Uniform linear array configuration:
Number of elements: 48
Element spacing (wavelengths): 0.25
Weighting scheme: uniform
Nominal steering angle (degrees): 15
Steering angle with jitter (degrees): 13.807
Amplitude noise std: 0.05
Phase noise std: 0.05

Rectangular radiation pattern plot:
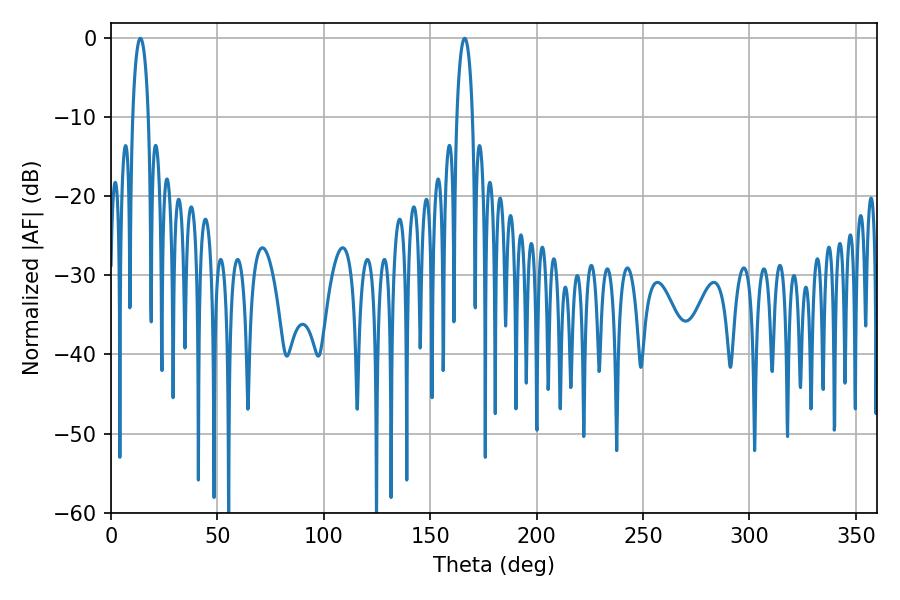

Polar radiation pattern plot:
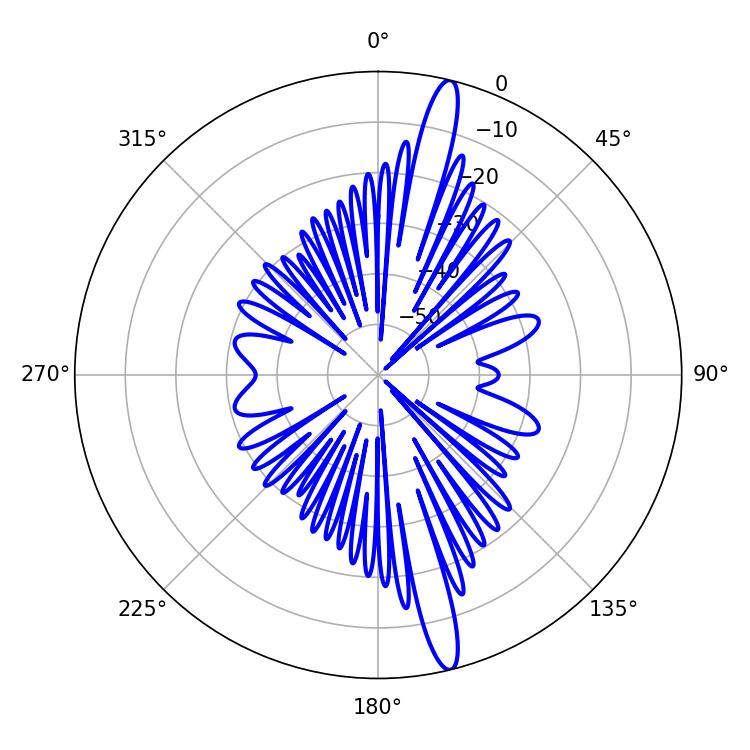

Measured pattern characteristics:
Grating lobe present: FALSE
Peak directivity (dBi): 16.894
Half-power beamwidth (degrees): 4.14
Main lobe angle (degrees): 13.86